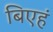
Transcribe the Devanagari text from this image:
बिएहं